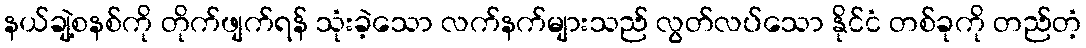
နယ်ချဲ့စနစ်ကို တိုက်ဖျက်ရန် သုံးခဲ့သော လက်နက်များသည် လွတ်လပ်သော နိုင်ငံ တစ်ခုကို တည်တံ့